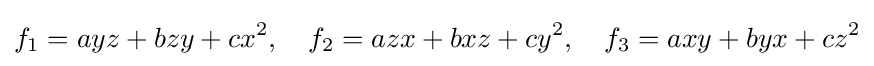
f_{1}=ayz+bzy+cx^{2},\quad f_{2}=azx+bxz+cy^{2},\quad f_{3}=axy+byx+cz^{2}